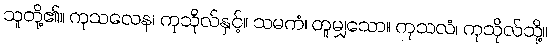
သူတို့၏။ ကုသလေန၊ ကုသိုလ်နှင့်။ သမကံ၊ တူမျှသော။ ကုသလံ၊ ကုသိုလ်သို့။